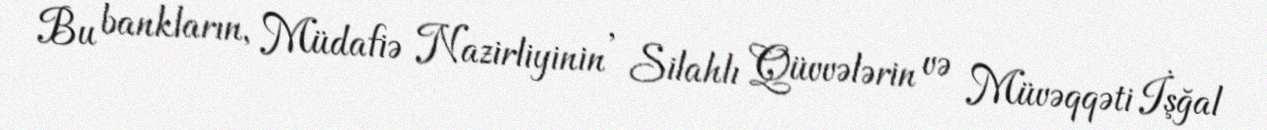
Bu bankların, Müdafiə Nazirliyinin , Silahlı Qüvvələrin və Müvəqqəti İşğal